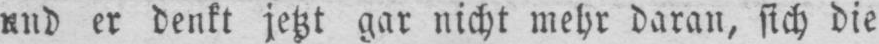
und er denkt jetzt gar nicht mehr daran, sich die